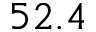
5 2 . 4